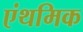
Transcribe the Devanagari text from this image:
एंथमिक